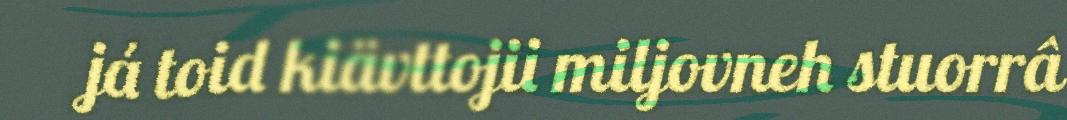
já toid kiävttojii miljovneh stuorrâ